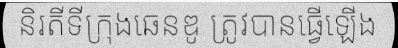
និរតីទីក្រុងឆេនឌូ ត្រូវបានធ្វើឡើង